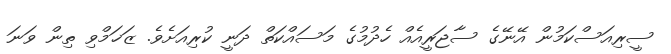
ސީރިއަސްކަމުން އޭނޭގެ ސާޖަރީއެއް ހެދުމުގެ މަސައްކަތް ދަނީ ކުރިއަށެވެ. ޒަޚަމްވި ތިން ވަނަ